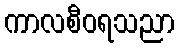
ကာလစီဝရသညာ